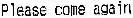
PLEASE COME AGAIN